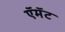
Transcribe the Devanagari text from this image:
ऍमॅट